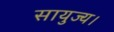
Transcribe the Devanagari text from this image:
सायुज्य।